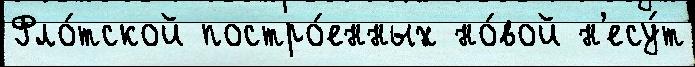
Фло́тской постро́енных но́вой н'есу́т